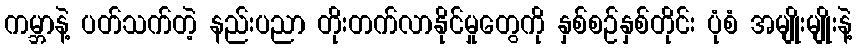
ကမ္ဘာနဲ့ ပတ်သက်တဲ့ နည်းပညာ တိုးတက်လာနိုင်မှုတွေကို နှစ်စဉ်နှစ်တိုင်း ပုံစံ အမျိုးမျိုးနဲ့